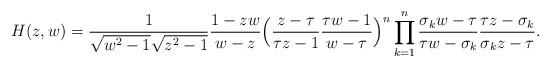
LaTeX: \begin{align*} H(z, w) = \frac{ 1}{\sqrt{w^{2}-1}\sqrt{z^{2}-1}} \frac{1-zw}{w-z} \Big( \frac{z - \tau}{\tau z - 1} \frac{\tau w - 1}{ w - \tau}\Big)^{n} \prod_{k=1}^{n} \frac{\sigma_{k}w - \tau}{\tau w - \sigma_{k}} \frac{\tau z - \sigma_{k} }{ \sigma_{k}z - \tau}. \end{align*}